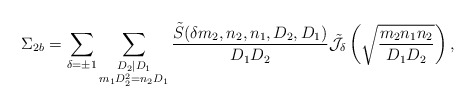
\begin{align*}\Sigma_{2b} = \sum \limits_{\delta = \pm 1} \sum \limits_{\substack{D_2 | D_1 \\ m_1 D_2^2 = n_2 D_1}} \frac{\tilde{S}(\delta m_2, n_2, n_1, D_2, D_1)}{D_1 D_2} \tilde{\mathcal{J}}_{\delta} \left(\sqrt{\frac{m_2 n_1 n_2}{D_1 D_2}}\right),\end{align*}